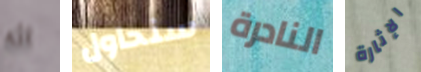
اله سنحاول النادرة الإثارة